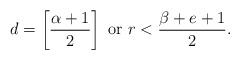
LaTeX: \begin{align*}d=\left[\frac{\alpha +1}{2}\right]\mbox{ or }r<\frac{\beta+e+1}{2}.\end{align*}